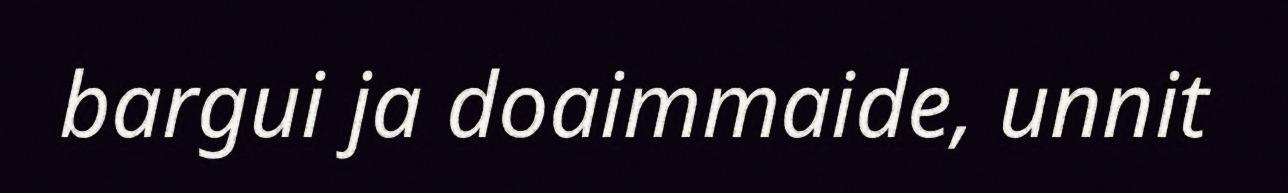
bargui ja doaimmaide, unnit